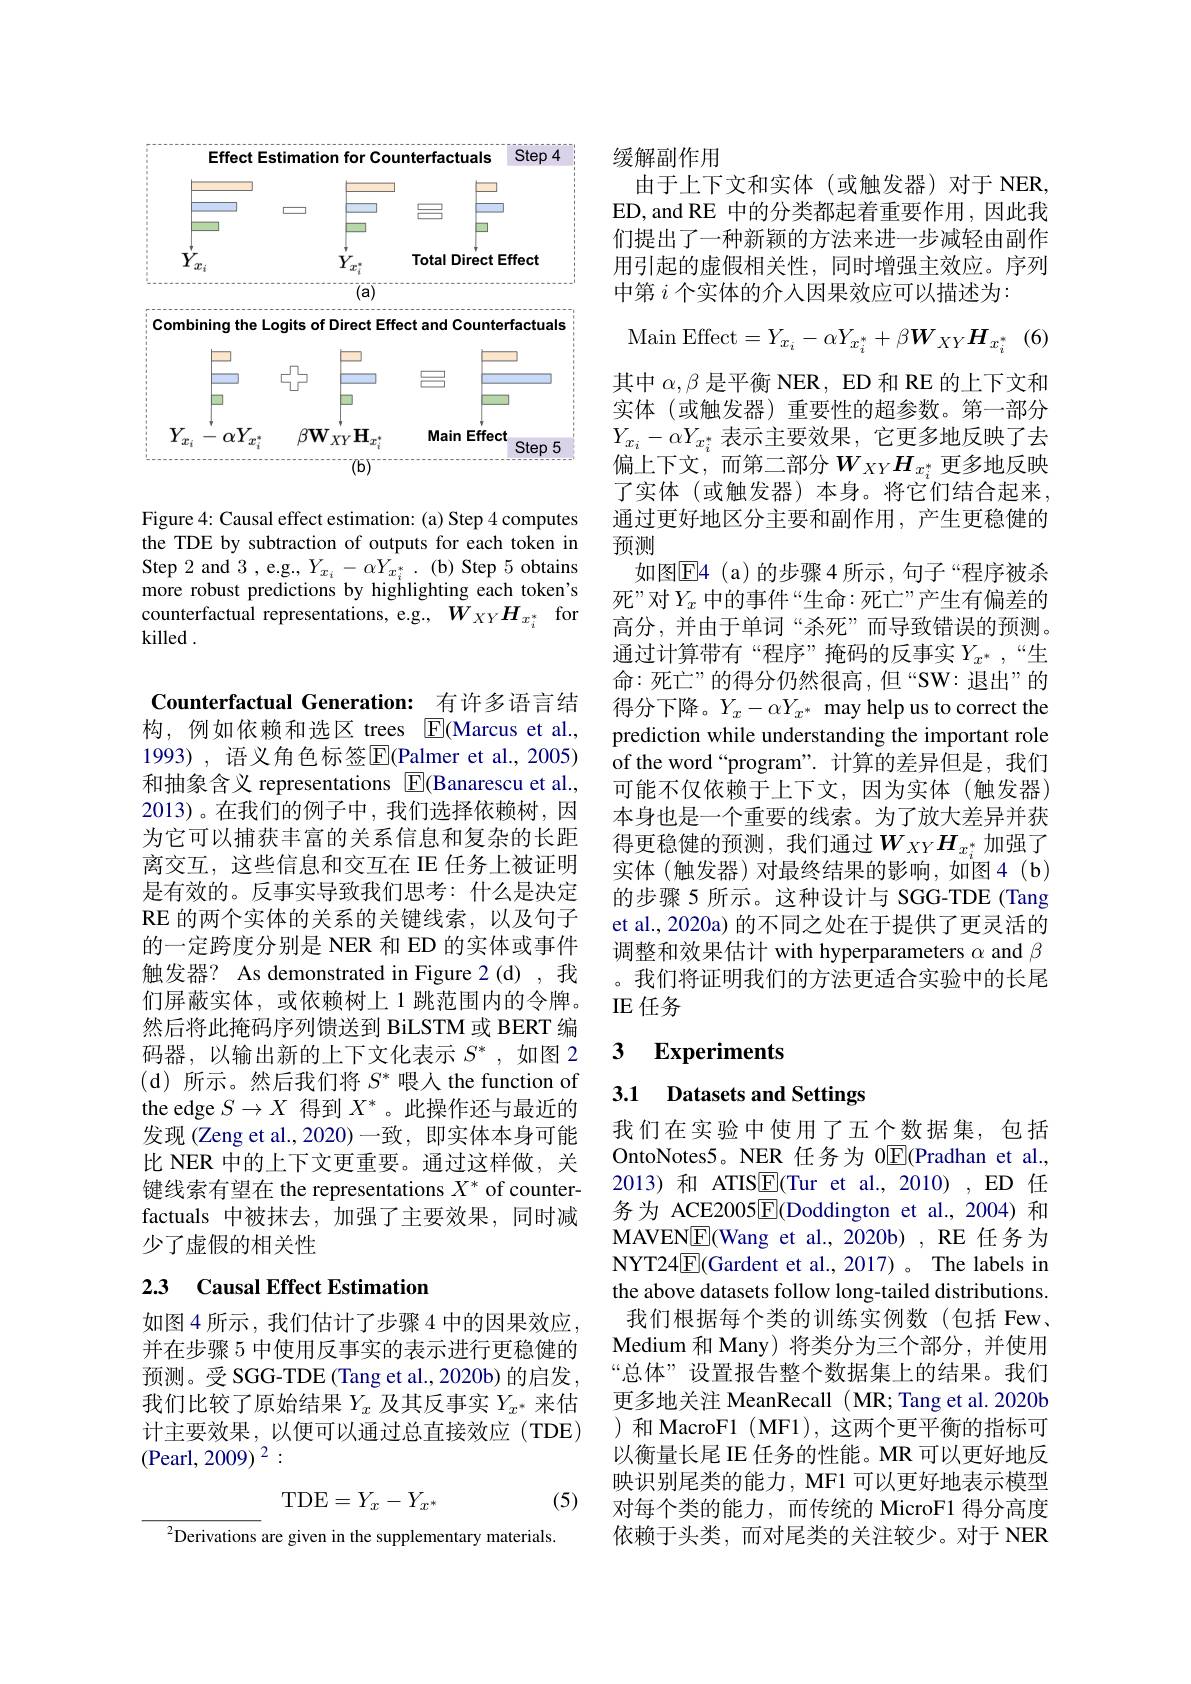
<FigureHere>

Figure 4: Causal effect estimation: (a) Step 4 computes the TDE by subtraction of outputs for each token in Step 2 and 3 , e.g., $Y_{x_i}- \alpha Y_{x_i^* }$ . (b) Step 5 obtains more robust predictions by highlighting each token's counterfactual representations, e.g., $W_{XY}H_{x_i^*}$ for killed .

Counterfactual Generation: 有许多语言结构，例如依赖和选区 trees E(Marcus et al., 1993), 语义角色标签$\overline{\mathrm{E}}($Palmer et al., 2005) 和抽象含义 representations $\boxed{\mathrm{F}}($Banarescu et al., 2013)。在我们的例子中，我们选择依赖树，因为它可以捕获丰富的关系信息和复杂的长距离交互，这些信息和交互在 IE 任务上被证明是有效的。反事实导致我们思考：什么是决定RE 的两个实体的关系的关键线索，以及句子的一定跨度分别是 NER 和 ED 的实体或事件触发器？As demonstrated in Figure 2(d) ,我们屏蔽实体，或依赖树上 1 跳范围内的令牌。然后将此掩码序列馈送到 BiLSTM 或 BERT 编码器，以输出新的上下文化表示$S^*$,如图 2 (d)所示。然后我们将$S^*$喂人 the function of the edge $S\to X$得到$X^*$。此操作还与最近的发现 (Zeng et al., 2020)一致，即实体本身可能比 NER 中的上下文更重要。通过这样做，关键线索有望在 the representations $X^*$ of counterfactuals 中被抹去，加强了主要效果，同时减少了虚假的相关性

# 23 Causal Effect Estimation

如图4所示，我们估计了步骤4中的因果效应， 并在步骤 5 中使用反事实的表示进行更稳健的预测。受 SGG-TDE (Tang et al., 2020b) 的启发 , 我们比较了原始结果$Y_x$及其反事实$Y_x^*$来估计主要效果，以便可以通过总直接效应(TDE) (Pearl, 2009) $^2:$
$$\mathrm{TDE}=Y_x-Y_{x^*}$$
(5)

$^{2}$Derivations are given in the supplementary materials.

$\operatorname { Main} \operatorname { Effect} = Y_{x_i}- \alpha Y_{x_i^* }+ \beta \boldsymbol{W}_{XY}\boldsymbol{H}_{x_i^* }$ (6)

缓解副作用
由于上下文和实体(或触发器)对于 NER, ED,and RE 中的分类都起着重要作用，因此我们提出了一种新颖的方法来进一步减轻由副作用引起的虚假相关性，同时增强主效应。序列中第$i$个实体的介入因果效应可以描述为：
其中$\alpha,\beta$是平衡 NER, ED 和 RE 的上下文和实体(或触发器)重要性的超参数。第一部分$Y_{x_i}-\alpha Y_{x_i^*}$表示主要效果，它更多地反映了去偏上下文，而第二部分$W_XYH_{x_i^*}$更多地反映了实体(或触发器)本身。将它们结合起来， 通过更好地区分主要和副作用，产生更稳健的预测
如图E4 (a)的步骤4所示，句子“程序被杀死”对$Y_x$ 中的事件“生命：死亡”产生有偏差的高分，并由于单词“杀死”而导致错误的预测。通过计算带有“程序”掩码的反事实$Y_{x^*}$,“生命：死亡”的得分仍然很高，但“SW:退出”的得分下降。$Y_x-\alpha Y_{x^*}$ may help us to correct the prediction while understanding the important role of the word“program”.计算的差异但是，我们可能不仅依赖于上下文，因为实体(触发器) 本身也是一个重要的线索。为了放大差异并获得更稳健的预测，我们通过$W_XYH_{x_i^*}$加强了实体(触发器)对最终结果的影响，如图4(b) 的步骤 5 所示。这种设计与 SGG-TDE (Tang et al., 2020a) 的不同之处在于提供了更灵活的调整和效果估计 with hyperparameters $\alpha$ and $\beta$ 。我们将证明我们的方法更适合实验中的长尾IE 任务

### $\textbf{3}$ $\textbf{Experiments}$

### 3.1 Datasets and Settings

我们在实验中使用了五个数据集，包括OntoNotes5。NER 任务为 0$\overline{\mathbb{E}}$(Pradhan et al., 2013)和 ATISE(Tur et al., 2010), ED 任务为 ACE2005$\underline{\mathrm{F}}($Doddington et al.,2004)和MAVEN$\boxed{\mathrm{E}}$(Wang et al.,2020b) , RE 任务为NYT24$\underline{\mathrm{E}}($Gardent et al.,2017)。The labels in the above datasets follow long-tailed distributions. 我们根据每个类的训练实例数(包括 Few, Medium 和 Many) 将类分为三个部分，并使用“总体”设置报告整个数据集上的结果。我们更多地关注 MeanRecall ( MR; Tang et al. 2020b )和 MacroF1 ( MF1), 这两个更平衡的指标可以衡量长尾 IE 任务的性能。MR 可以更好地反映识别尾类的能力，MF1 可以更好地表示模型对每个类的能力，而传统的 MicroF1 得分高度依赖于头类，而对尾类的关注较少。对于 NER